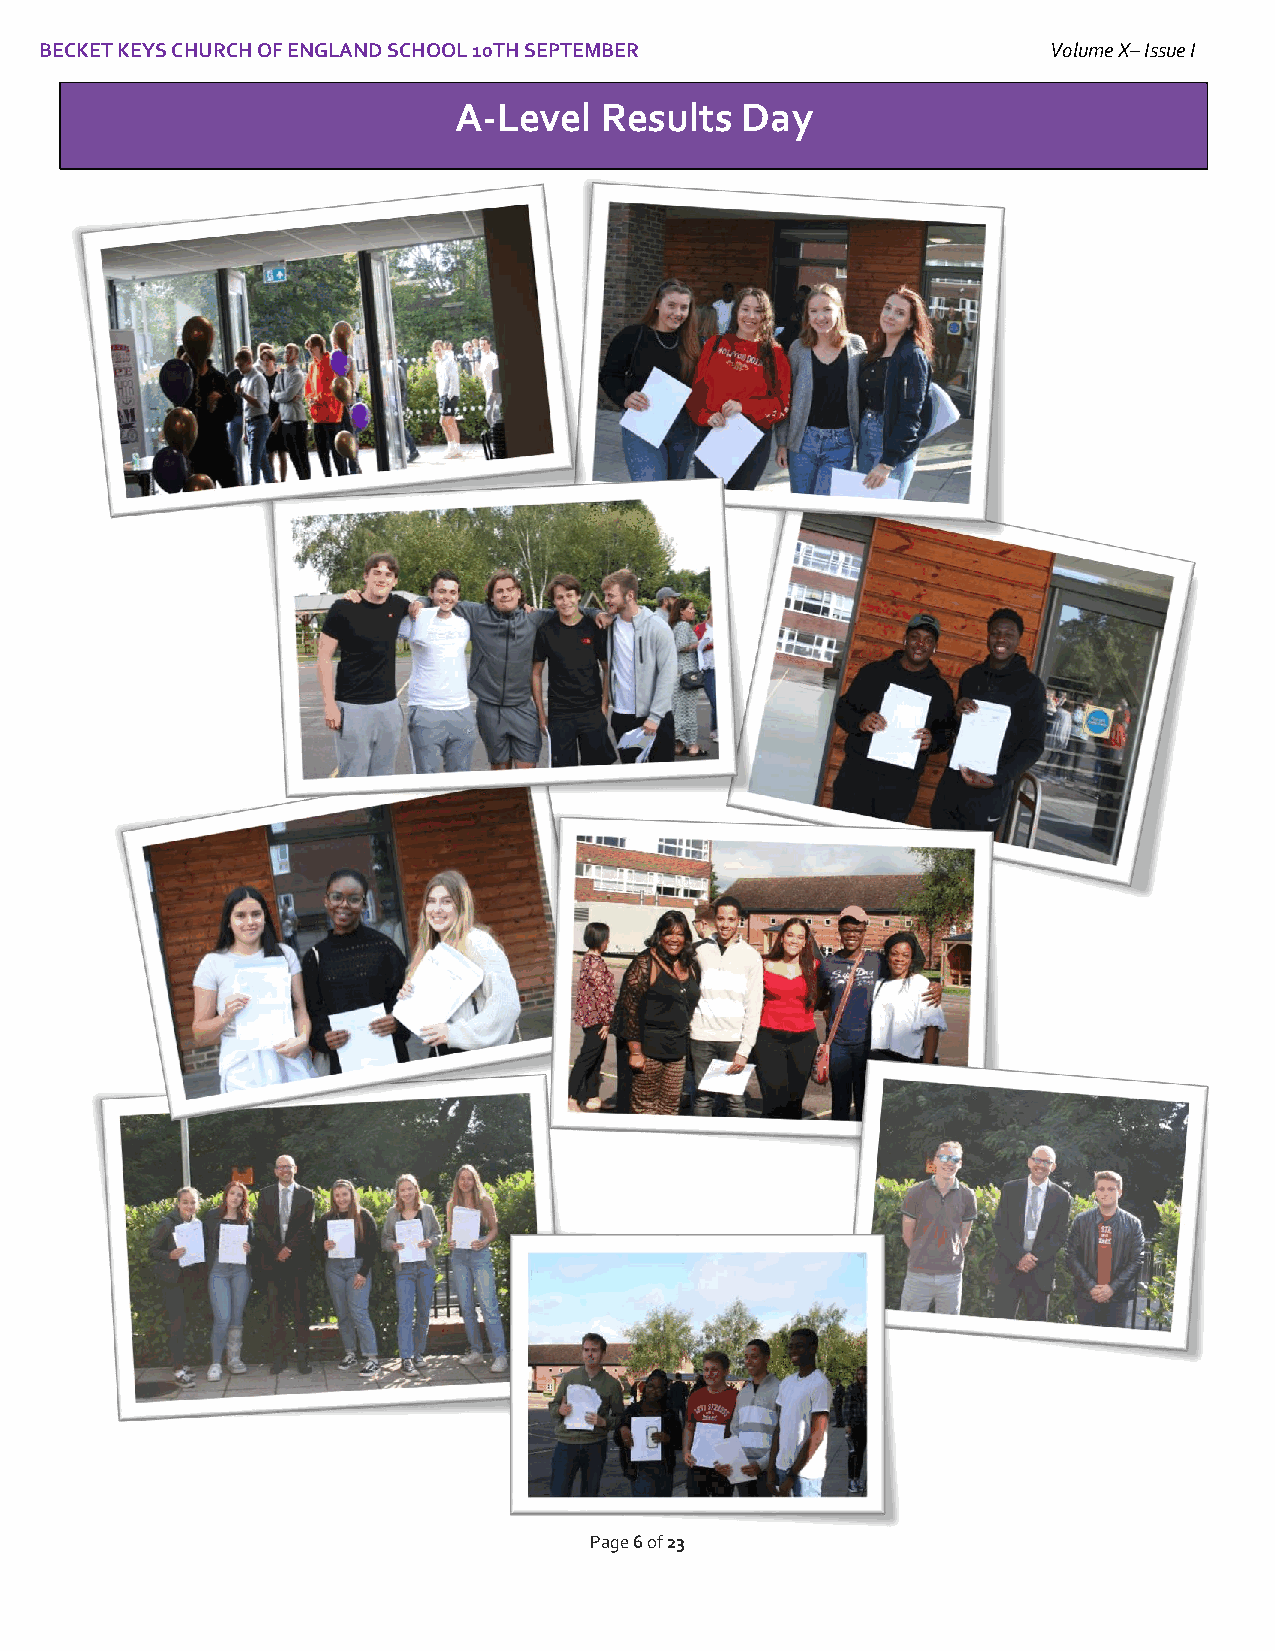
BECKET KEYS CHURCH OF ENGLAND SCHOOL 10TH SEPTEMBER                Volume X– Issue I
 I
 A-Level   Results  Day
 Page 6 of 23